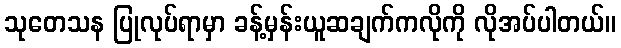
သုတေသန ပြုလုပ်ရာမှာ ခန့်မှန်းယူဆချက်ကလိုကို လိုအပ်ပါတယ်။